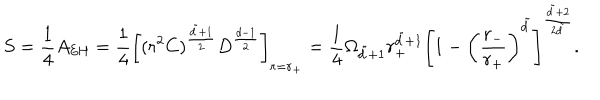
S = \frac { 1 } { 4 } A _ { \mathrm { E H } } = \frac { 1 } { 4 } \left[ ( r ^ { 2 } C ) ^ { \frac { \tilde { d } + 1 } { 2 } } D ^ { \frac { d - 1 } { 2 } } \right] _ { r = r _ { + } } = \frac { 1 } { 4 } \Omega _ { \tilde { d } + 1 } r _ { + } ^ { \tilde { d } + 1 } \left[ 1 - \left( \frac { r _ { - } } { r _ { + } } \right) ^ { \tilde { d } } \right] ^ { \frac { \tilde { d } + 2 } { 2 \tilde { d } } } .